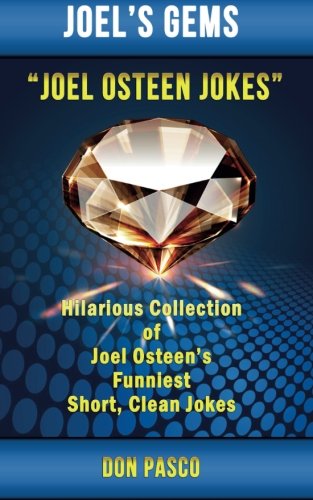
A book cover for Joel Osteen Jokes: Hilarious Collection of Joel Osteen's Funniest Short, Clean Jokes (Joel's Gems); Don Pasco; Humor & Entertainment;